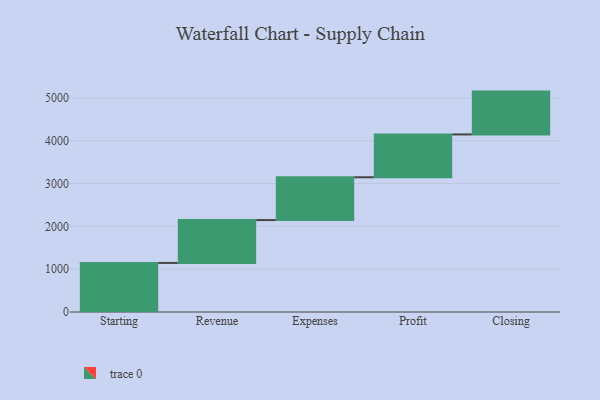
{"axis": {"x": "Step", "y": "Value"}, "legend": [""], "data": [{"x": "Starting", "y": 1146.0, "type": ""}, {"x": "Revenue", "y": 1000, "type": ""}, {"x": "Expenses", "y": 1000, "type": ""}, {"x": "Profit", "y": 1000, "type": ""}, {"x": "Closing", "y": 1000, "type": ""}]}